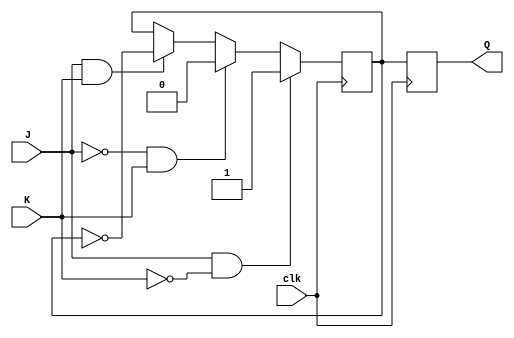
module jk_ff(
    input J, K, clk,
    output reg Q
);

reg Q_temp;

always @(posedge clk) begin
    if (J && !K)
        Q_temp <= 1;
    else if (!J && K)
        Q_temp <= 0;
    else if (J && K)
        Q_temp <= ~Q_temp;
end

always @(negedge clk) begin
    Q <= Q_temp;
end

endmodule